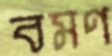
বমণ